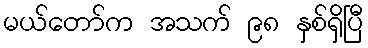
မယ်တော်က အသက် ၉၈ နှစ်ရှိပြီ